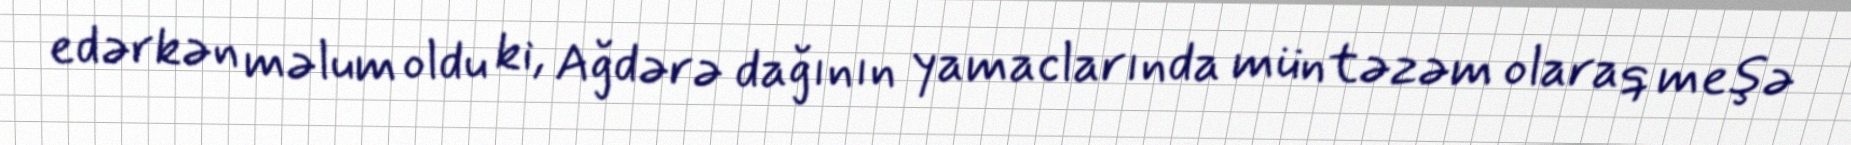
edərkən məlum oldu ki, Ağdərə dağının yamaclarında müntəzəm olaraq meşə